Indian journal of veterinary science and animal husbandry - Volumes 26-27, 1956-1957
Year: 1956
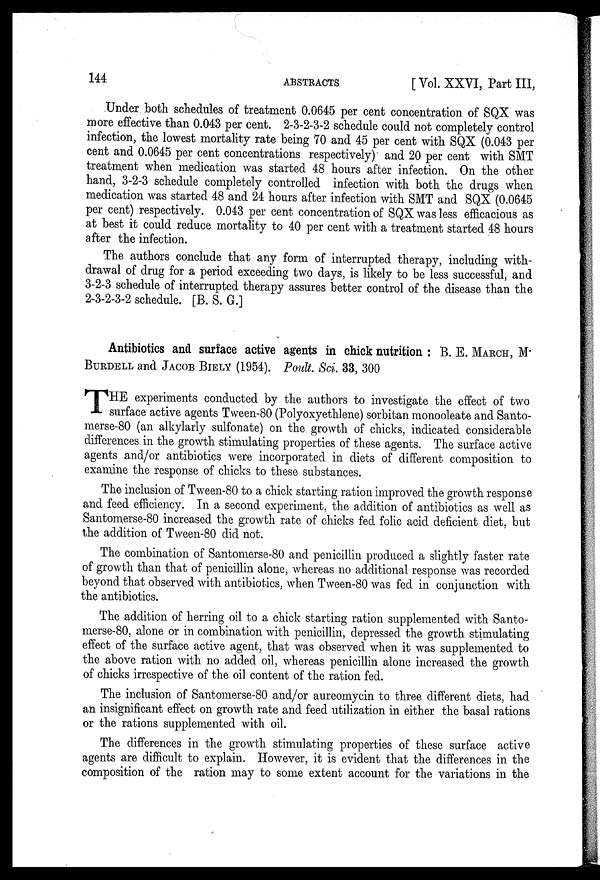
144
ABSTRACTS
[ Vol. XXVI, Part III,
Under both schedules of treatment 0.0645 per cent concentration of SQX was
more effective than 0.043 per cent. 2-3-2-3-2 schedule could not completely control
infection, the lowest mortality rate being 70 and 45 per cent with SQX (0.043 per
cent and 0.0645 per cent concentrations respectively) and 20 per cent with SMT
treatment when medication was started 48 hours after infection. On the other
hand, 3-2-3 schedule completely controlled infection with both the drugs when
medication was started 48 and 24 hours after infection with SMT and SQX (0.0645
per cent) respectively. 0.043 per cent concentration of SQX was less efficacious as
at best it could reduce mortality to 40 per cent with a treatment started 48 hours
after the infection.
The authors conclude that any form of interrupted therapy, including with-
drawal of drug for a period exceeding two days, is likely to be less successful, and
3-2-3 schedule of interrupted therapy assures better control of the disease than the
2-3-2-3-2 schedule. [B. S. G.]
Antibiotics and surface active agents in chick nutrition : B. E. MARCH, M.
BURDELL and JACOB BIELY (1954). Poult. Sci. 33, 300
T HE experiments conducted by the authors to investigate the effect of two
surface active agents Tween-80 (Polyoxyethlene) sorbitan monooleate and Santo-
merse-80 (an alkylarly sulfonate) on the growth of chicks, indicated considerable
differences in the growth stimulating properties of these agents. The surface active
agents and/or antibiotics were incorporated in diets of different composition to
examine the response of chicks to these substances.
The inclusion of Tween-80 to a chick starting ration improved the growth response
and feed efficiency. In a second experiment, the addition of antibiotics as well as
Santomerse-80 increased the growth rate of chicks fed folic acid deficient diet, but
the addition of Tween-80 did not.
The combination of Santomerse-80 and penicillin produced a slightly faster rate
of growth than that of penicillin alone, whereas no additional response was recorded
beyond that observed with antibiotics, when Tween-80 was fed in conjunction with
the antibiotics.
The addition of herring oil to a chick starting ration supplemented with Santo-
merse-80, alone or in combination with penicillin, depressed the growth stimulating
effect of the surface active agent, that was observed when it was supplemented to
the above ration with no added oil, whereas penicillin alone increased the growth
of chicks irrespective of the oil content of the ration fed.
The inclusion of Santomerse-80 and/or aureomycin to three different diets, had
an insignificant effect on growth rate and feed utilization in either the basal rations
or the rations supplemented with oil.
The differences in the growth stimulating properties of these surface active
agents are difficult to explain. However, it is evident that the differences in the
composition of the ration may to some extent account for the variations in the